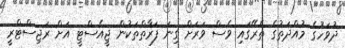
ދުވަހުގެ މުއްދަތުގެ ތެރޭގައި ވެސް ވަރަށް ގިނަ ފަރާތްތަކުން ޖީއެސްޓީ އަށް ރަޖިސްޓްރީ